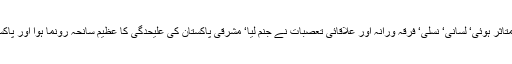
ان فوجی ادوار میں ملک کا اتحاد و یکجہتی متاثر ہوئی‘ لسانی‘ نسلی‘ فرقہ ورانہ اور علاقائی تعصبات نے جنم لیا‘ مشرقی پاکستان کی علیحدگی کا عظیم سانحہ رونما ہوا اور پاکستان امریکہ کی طفیلی ریاست بن کر رہ گیا۔